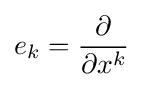
e_{k}={\partial  \over \partial x^{k}}